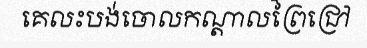
គេលះបង់ចោលកណ្តាលព្រៃជ្រៅ